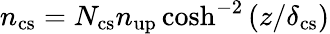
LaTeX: n_{\mathrm{cs}}=N_{\mathrm{cs}}n_{\mathrm{up}}\cosh^{-2}{(z/\delta_{\mathrm{cs}})}